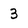
Character: 3